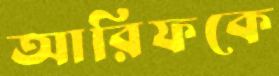
আরিফকে